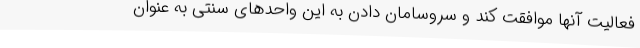
فعالیت آنها موافقت کند و سروسامان دادن به این واحدهای سنتی به عنوان